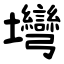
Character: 壪